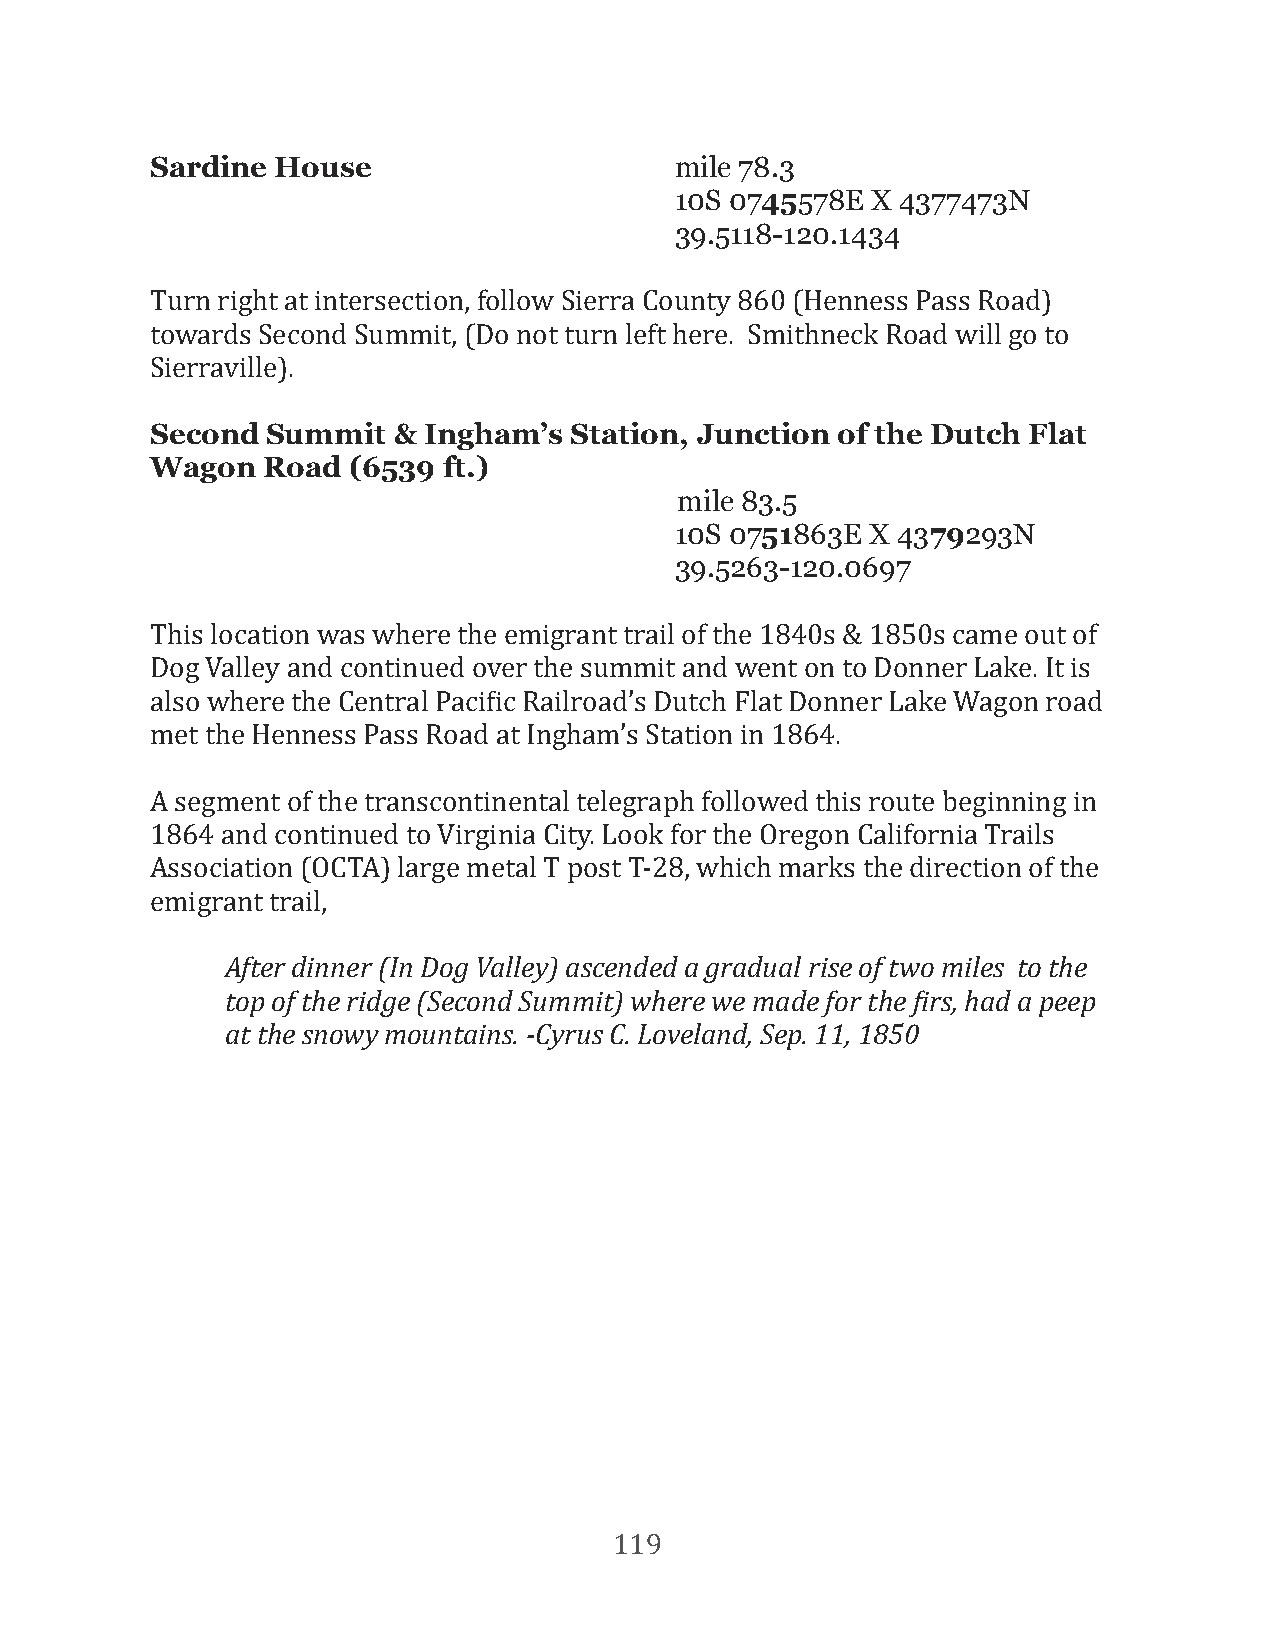
Sardine House                      mile 78.3
 10S 0745578E X 4377473N
 39.5118-120.1434
 Turn right at intersection, follow Sierra County 860 (Henness Pass Road)
 towards Second Summit, (Do not turn left here. Smithneck Road will go to
 Sierraville).
 Second  Summit  & Ingham’s  Station, Junction of the Dutch Flat
 Wagon  Road  (6539 ft.)
 mile 83.5
 10S 0751863E X 4379293N
 39.5263-120.0697
 This location was where the emigrant trail of the 1840s & 1850s came out of
 Dog Valley and continued over the summit and went on to Donner Lake. It is
 also where the Central PaciFic Railroad’s Dutch Flat Donner Lake Wagon road
 met the Henness Pass Road at Ingham’s Station in 1864.
 A segment of the transcontinental telegraph followed this route beginning in
 1864 and continued to Virginia City. Look for the Oregon California Trails
 Association (OCTA) large metal T post T-28, which marks the direction of the
 emigrant trail,
 After dinner (In Dog Valley) ascended a gradual rise of two miles to the
 top of the ridge (Second Summit) where we made for the eirs, had a peep
 at the snowy mountains. -Cyrus C. Loveland, Sep. 11, 1850
 119